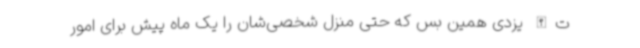
ت‌الله یزدی همین بس که حتی منزل‌ شخصی‌شان را یک ماه پیش برای امور